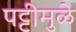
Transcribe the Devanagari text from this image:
पट्टीमुळे